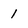
Character: l